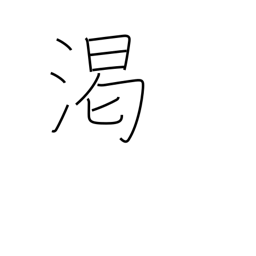
Meaning: dry up